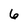
Character: 6